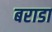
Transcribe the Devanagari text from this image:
बराडा